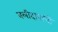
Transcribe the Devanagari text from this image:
बलीदानाची